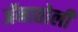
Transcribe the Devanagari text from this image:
ॲनातोली